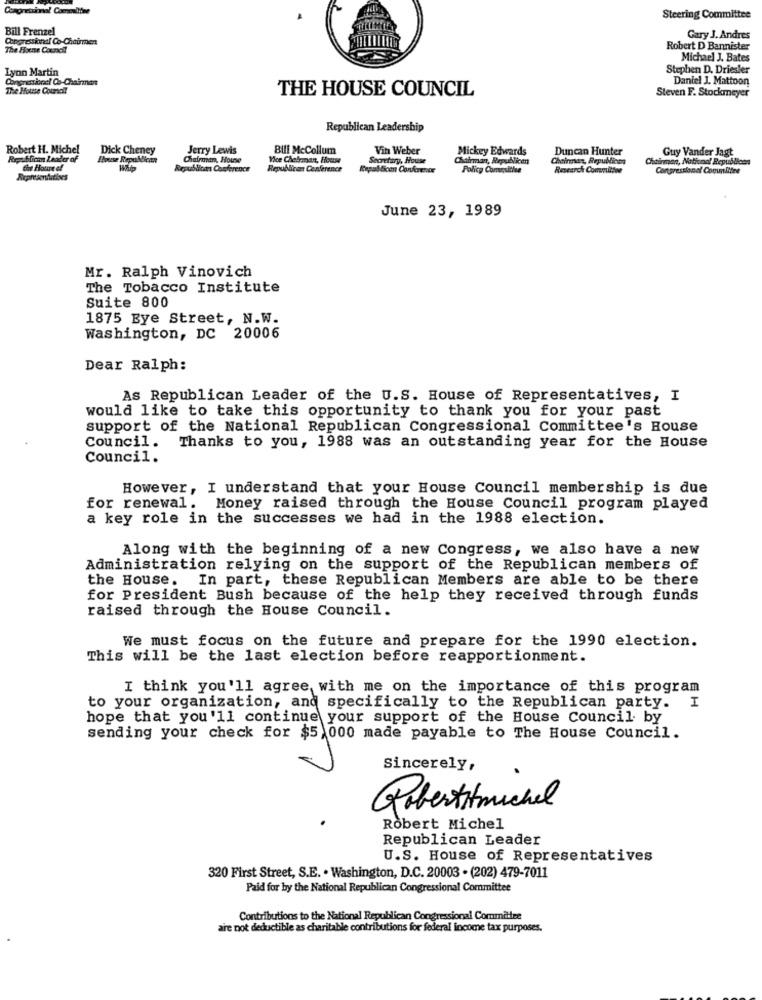
Steering Committee
Bill Frenzel
Congressional Co-Chairen
Gary J. Andres
The Hoene Council
Robert D Bannister
Michael J. Bates
Lyon Martin
Stephen D. Driesler
Congressional Co-Chairman
Daniel J. Mattoon
The House Council
THE HOUSE COUNCIL
Steven F. Stockmeyer
Republican Leadership
Robert H. Michel
Dick Cheney
Jerry Lewis
Bill McCollum
Vih Weber
Mickey Edwards
Duncan Hunter
Guy Vander Jagt
Republican Leader of
House Republican
Chairman, House
Vce Chelrman, House
Secretary, House
Chairman, Republican
Chairman, Republinos
Chairman, National Republioss
Che Houre of
Republicans Conference
Republicat Conference
Republican Conference
Policy Committee
Research Committee
Congressional Committee
Representatives
June 23, 1989
Mr. Ralph Vinovich
The Tobacco Institute
Suite 800
1875 Bye Street, N.W.
Washington, DC 20006
Dear Ralph:
As Republican Leader of the U.S. House of Representatives, I
would like to take this opportunity to thank you for your past
support of the National Republican Congressional Committee's House
Council. Thanks to you, 1988 was an outstanding year for the House
Council.
However, I understand that your House Council membership is due
for renewal. Money raised through the House Council program played
a key role in the successes we had in the 1988 election.
Along with the beginning of a new Congress, we also have a new
Administration relying on the support of the Republican members of
the House. In part, these Republican Members are able to be there
for President Bush because of the help they received through funds
raised through the House Council.
We must focus on the future and prepare for the 1990 election.
This will be the last election before reapportionment.
I think you'll agree with me on the importance of this program
to your organization, and specifically to the Republican party. I
hope that you'll continue your support of the House Council by
sending your check for $5,000 made payable to The House Council.
Sincerely,
Robertomichel
Robert Michel
Republican Leader
U.S. House of Representatives
320 First Street, S.E. . Washington, D.C. 20003 . (202) 479-7011
Paid for by the National Republican Congressional Committee
Contributions to the National Republican Congressional Committee
are not deductible as charitable contributions for federal income tax purposes.